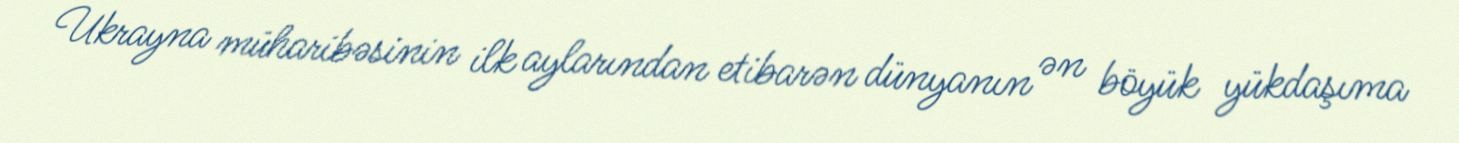
Ukrayna müharibəsinin ilk aylarından etibarən dünyanın ən böyük yükdaşıma